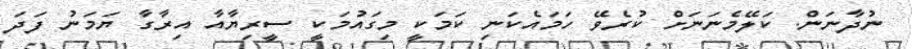
ނުދާނަން. ކަލޭމެނަނަށް ކުރެވޭ ހަމައެކަނި ކަމަކީ މިގައުމަކީ ސީރިޔާއާ އިރާގާ ޔަމަނު ފަދަ